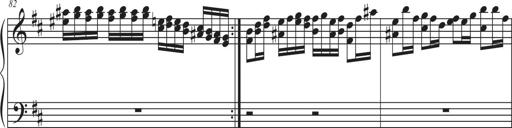
Title: Sonatina Espania
Composer: Jerald Franklin Archer
Key: Various